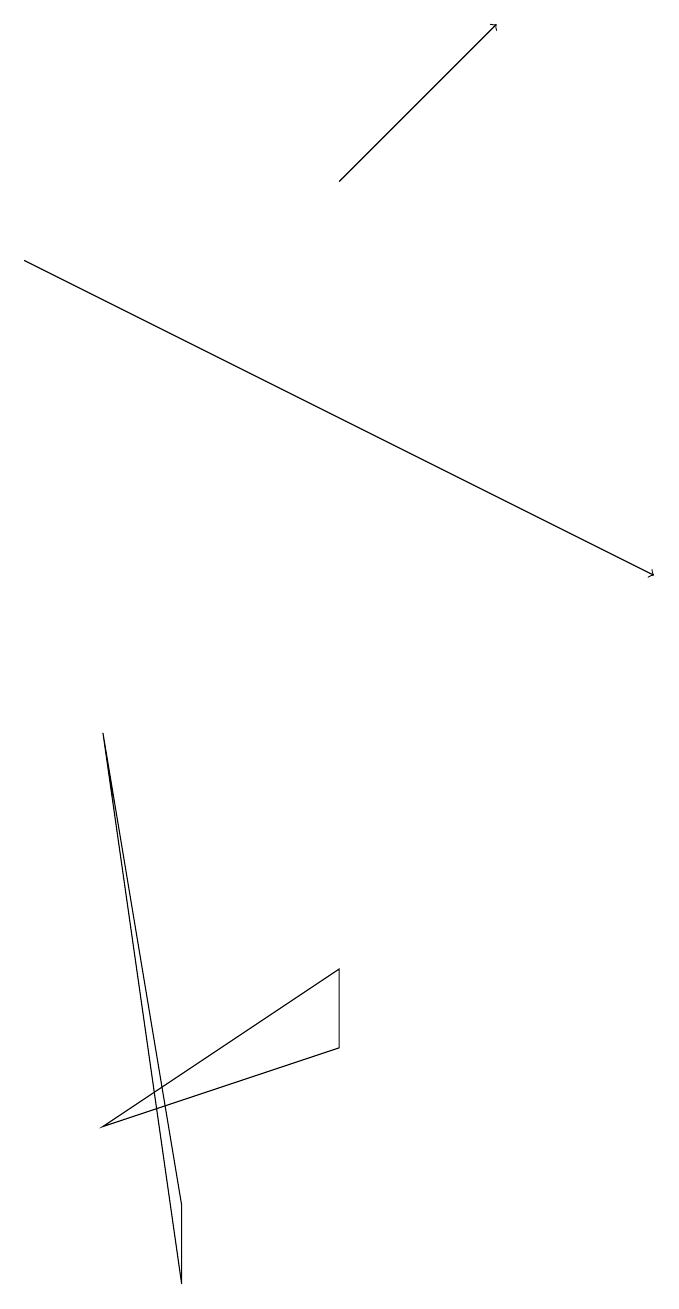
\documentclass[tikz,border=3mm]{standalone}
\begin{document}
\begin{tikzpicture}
\draw[->] (5,16) -- (7,18);
\draw[->] (1,15) -- (9,11);
\draw (5,6) -- (5,5) -- (2,4) -- cycle;
\draw (3,3) -- (2,9) -- (3,2) -- cycle;
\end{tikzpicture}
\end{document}